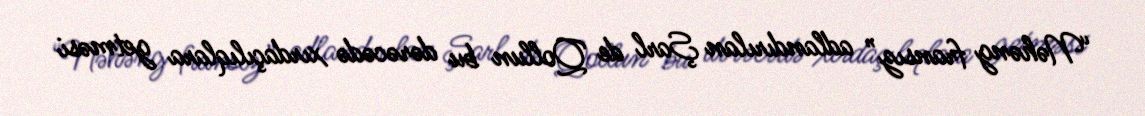
“Nəhəng fransız” adlandırılan Şarl de Qollun bu dərəcədə xırdaçılıqlara getməsi